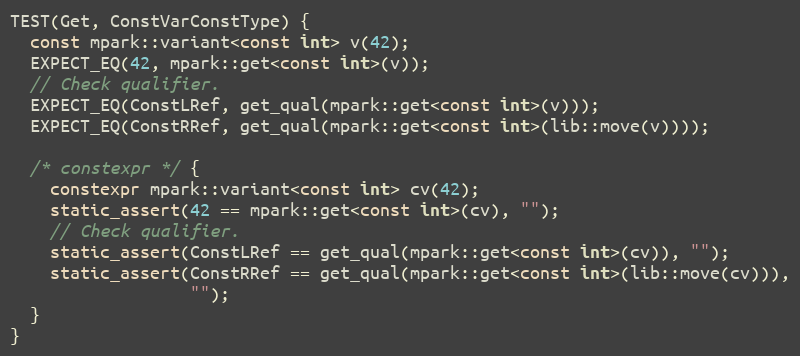
Language: C++
TEST(Get, ConstVarConstType) {
  const mpark::variant<const int> v(42);
  EXPECT_EQ(42, mpark::get<const int>(v));
  // Check qualifier.
  EXPECT_EQ(ConstLRef, get_qual(mpark::get<const int>(v)));
  EXPECT_EQ(ConstRRef, get_qual(mpark::get<const int>(lib::move(v))));

  /* constexpr */ {
    constexpr mpark::variant<const int> cv(42);
    static_assert(42 == mpark::get<const int>(cv), "");
    // Check qualifier.
    static_assert(ConstLRef == get_qual(mpark::get<const int>(cv)), "");
    static_assert(ConstRRef == get_qual(mpark::get<const int>(lib::move(cv))),
                  "");
  }
}